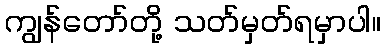
ကျွန်တော်တို့ သတ်မှတ်ရမှာပါ။